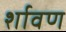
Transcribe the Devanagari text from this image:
र्शावण